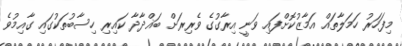
މިފަހަރު ހަމަލާތައް އަމާޒުކޮށްފައި ވަނީ އިރާގުގެ ވެރިރަށް ބަޣްދާދާ ކައިރި ހިސާބުތަކުގައި ގާއިމުވެ